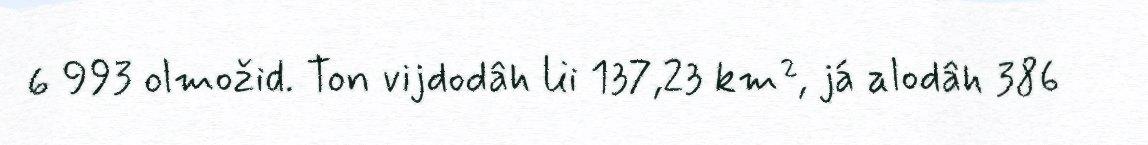
6 993 olmožid. Ton vijdodâh lii 137,23 km², já alodâh 386